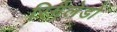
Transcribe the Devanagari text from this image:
रिगैलेडो